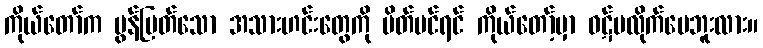
ကိုယ်တော်က မွန်မြတ်သော အသားဟင်းတွေကို ပိတ်ပင်ရင် ကိုယ်တော့်မှာ ဝဋ်မလိုက်ပေဘူးလား။